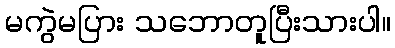
မကွဲမပြား သဘောတူပြီးသားပါ။